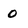
Character: 0